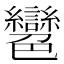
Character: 𦫲